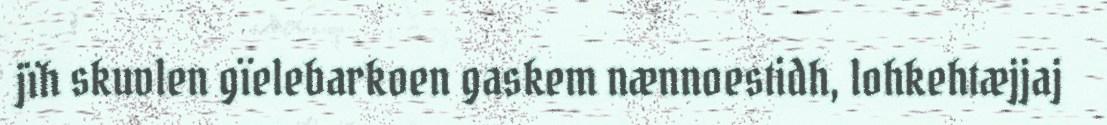
jïh skuvlen gïelebarkoen gaskem nænnoestidh, lohkehtæjjaj